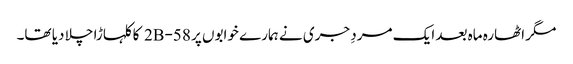
مگر اٹھارہ ماہ بعد ایک مردِ جری نے ہمارے خوابوں پر 58-2B کا کلہاڑا چلا دیا تھا۔